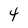
Character: 4